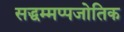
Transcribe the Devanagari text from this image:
सद्धम्मप्पजोतिक